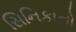
સિનિકાનો